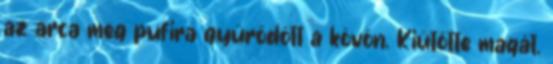
az arca meg pufira gyűrődött a kövön. Kiütötte magát.